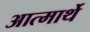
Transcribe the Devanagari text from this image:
आत्मार्थे